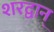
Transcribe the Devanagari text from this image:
शरद्वान्‌